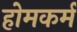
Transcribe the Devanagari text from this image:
होमकर्म